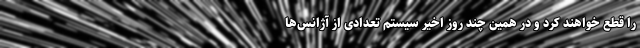
را قطع خواهند کرد و در همین چند روز اخیر سیستم تعدادی از آژانس‌ها